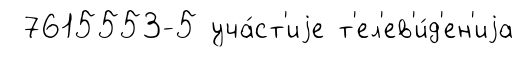
7615553-5 уча́ст'иjе т'ел'ев'и́д'ен'иjа